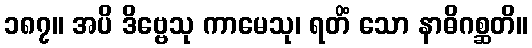
၁၈၇။ အပိ ဒိဗ္ဗေသု ကာမေသု၊ ရတိံ သော နာဓိဂစ္ဆတိ။